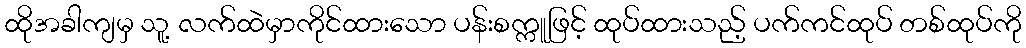
ထိုအခါကျမှ သူ့ လက်ထဲမှာကိုင်ထားသော ပန်းစက္ကူဖြင့် ထုပ်ထားသည့် ပက်ကင်ထုပ် တစ်ထုပ်ကို